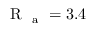
\mathrm { ~ R ~ } _ { \mathrm { ~ a ~ } } = 3 . 4